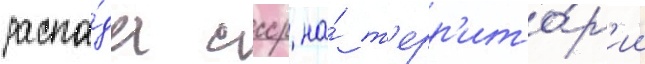
распа́да ссср на́ т'ерр'ито́р'ии